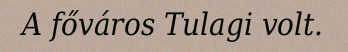
A főváros Tulagi volt.